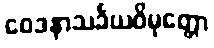
ဝေဒနာသင်္ခယဝိမုတ္တော